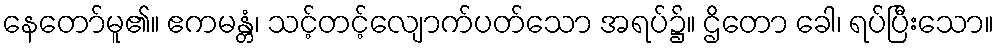
နေတော်မူ၏။ ဧကမန္တံ၊ သင့်တင့်လျောက်ပတ်သော အရပ်၌။ ဌိတော ခေါ၊ ရပ်ပြီးသော။